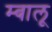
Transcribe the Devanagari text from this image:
म्बालू